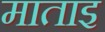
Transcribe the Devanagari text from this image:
माताइ